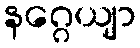
နဂ္ဂေယျာ